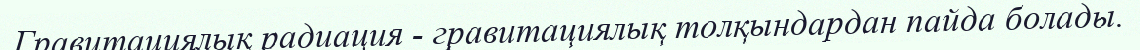
Гравитациялық радиация - гравитациялық толқындардан пайда болады.